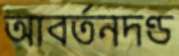
আবর্তনদণ্ড